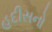
હદીસનો